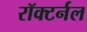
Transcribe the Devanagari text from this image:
रॉक्टर्नल